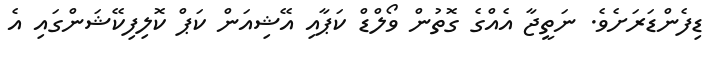
ޑިފެންޑަރަށެވެ. ނަތީޖާ އެއްގެ ގޮތުން ވޯލްޑް ކަޕާއި އޭޝިއަން ކަޕް ކޮލިފިކޭޝަންގައި އެ